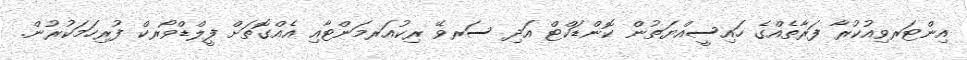
އިންޓަރވިއުކުރާ ފަރާތެއްގެ ހައިސީއްޔަތުން ކޮންޑަކްޓް އަދި ސަރވޭ ރިކުއަރމަންޓާއި އެއްގޮތަށް ފީލްޑްވޯރކް ފުރިހަމަކުރުން.